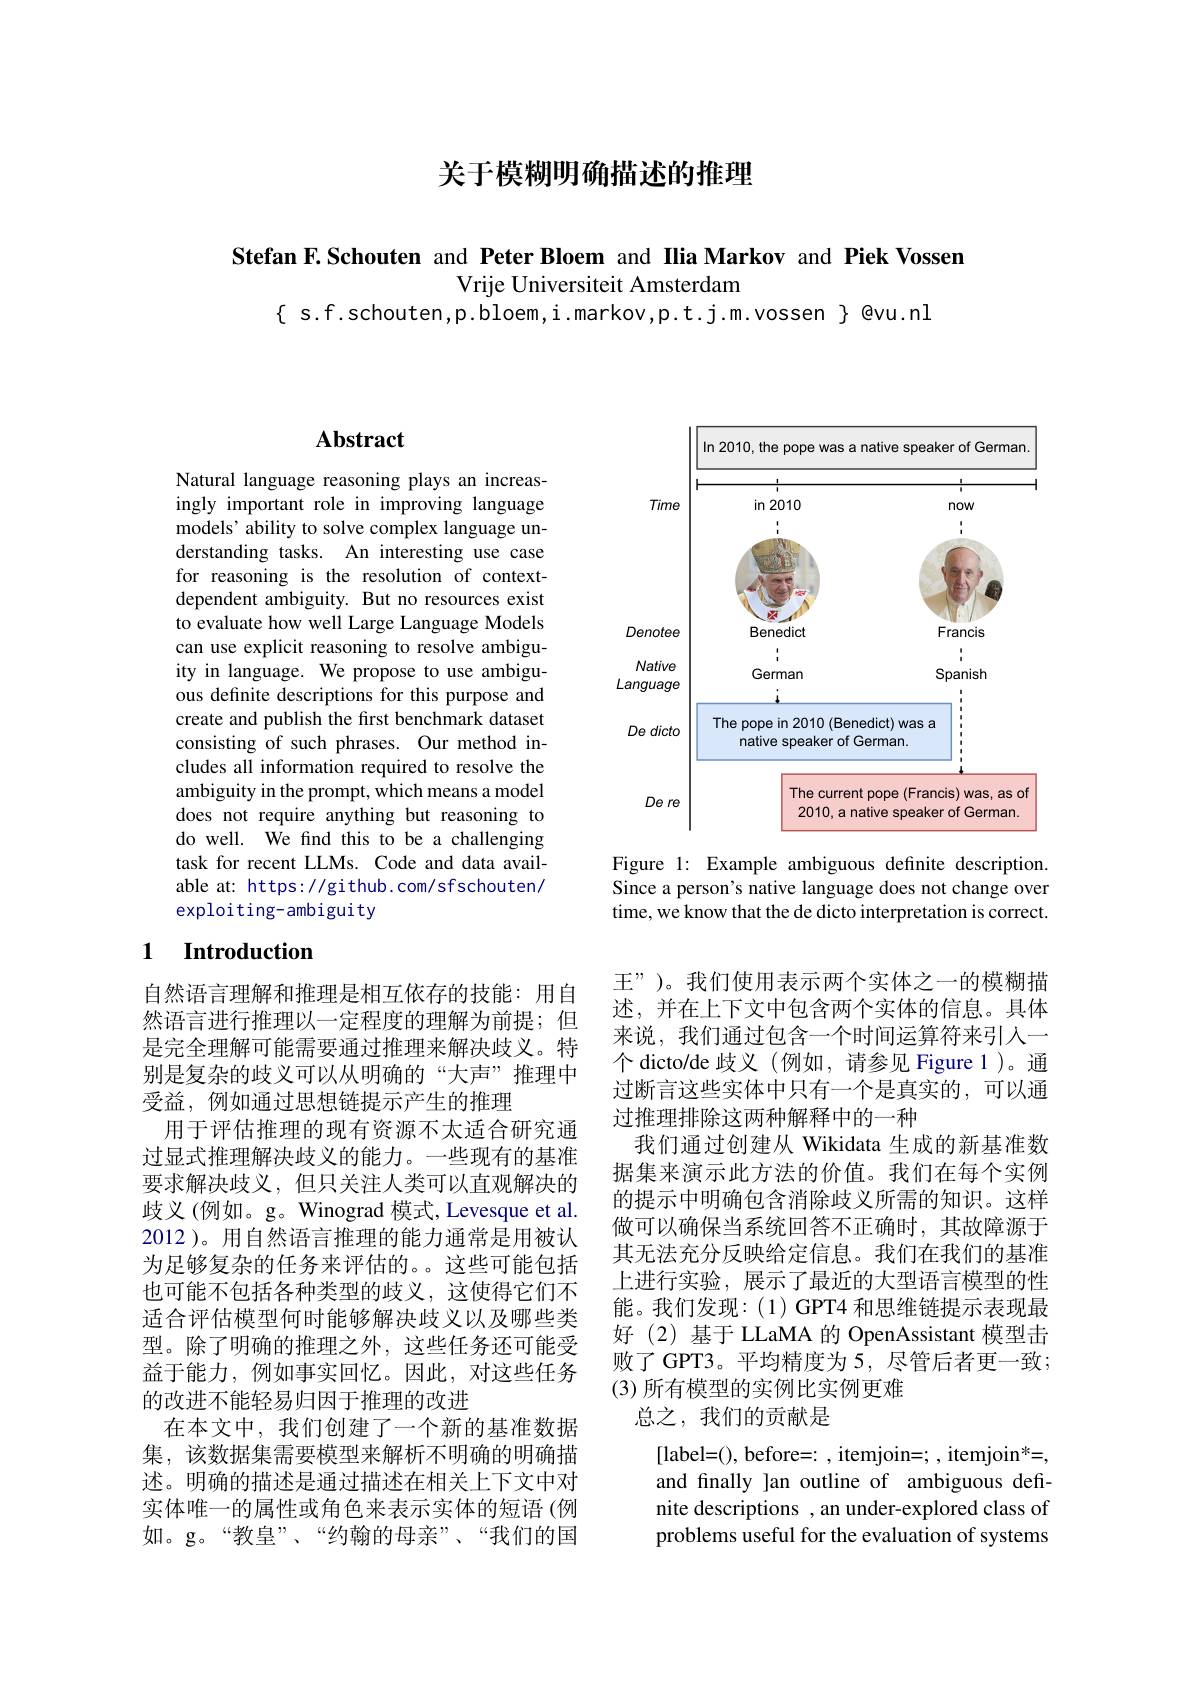
关于模糊明确描述的推理

Stefan F.Schouten and Peter Bloem and Ilia Markov and Piek Vossen

Vrije Universiteit Amsterdam
$\{$ s.f.schouten,p.bloem,i.markov,p.t.j.m.vossen $\}$ @vu.nl

## $\mathbf{Abstract}$

Natural language reasoning plays an increasingly important role in improving language models' ability to solve complex language understanding tasks. An interesting use case for reasoning is the resolution of contextdependent ambiguity. But no resources exist to evaluate how well Large Language Models can use explicit reasoning to resolve ambiguity in language. We propose to use ambiguous definite descriptions for this purpose and create and publish the first benchmark dataset consisting of such phrases. Our method includes all information required to resolve the ambiguity in the prompt, which means a model does not require anything but reasoning to do well. We find this to be a challenging task for recent LLMs. Code and data available at: https: //github.com/sfschouten/ exploiting-ambiguity

## 1 Introduction

自然语言理解和推理是相互依存的技能：用自然语言进行推理以一定程度的理解为前提；但是完全理解可能需要通过推理来解决歧义。特别是复杂的歧义可以从明确的“大声”推理中受益，例如通过思想链提示产生的推理
用于评估推理的现有资源不太适合研究通过显式推理解决歧义的能力。一些现有的基准要求解决歧义，但只关注人类可以直观解决的歧义(例如。g。Winograd 模式，Levesque et al. 2012 )。用自然语言推理的能力通常是用被认为足够复杂的任务来评估的。。这些可能包括也可能不包括各种类型的歧义，这使得它们不适合评估模型何时能够解决歧义以及哪些类型。除了明确的推理之外，这些任务还可能受益于能力，例如事实回忆。因此，对这些任务的改进不能轻易归因于推理的改进
在本文中，我们创建了一个新的基准数据集，该数据集需要模型来解析不明确的明确描述。明确的描述是通过描述在相关上下文中对实体唯一的属性或角色来表示实体的短语(例如。g。“教皇”、“约翰的母亲”、“我们的国

<FigureHere>

Figure 1: Example ambiguous definite description. Since a person's native language does not change over time, we know that the de dicto interpretation is correct.

王”)。我们使用表示两个实体之一的模糊描述，并在上下文中包含两个实体的信息。具体来说，我们通过包含一个时间运算符来引入一个 dicto/de 歧义(例如，请参见 Figure 1)。通过断言这些实体中只有一个是真实的，可以通过推理排除这两种解释中的一种
我们通过创建从 Wikidata 生成的新基准数据集来演示此方法的价值。我们在每个实例的提示中明确包含消除歧义所需的知识。这样做可以确保当系统回答不正确时，其故障源于其无法充分反映给定信息。我们在我们的基准上进行实验，展示了最近的大型语言模型的性能。我们发现：(1) GPT4 和思维链提示表现最好(2)基于 LLaMA 的 OpenAssistant 模型击败了 GPT3。平均精度为 5, 尽管后者更一致； (3)所有模型的实例比实例更难
总之，我们的贡献是

[label=(), before=:, itemjoin=; , itemjoin*=, and finally ]an outline of ambiguous definite descriptions , an under-explored class of problems useful for the evaluation of systems